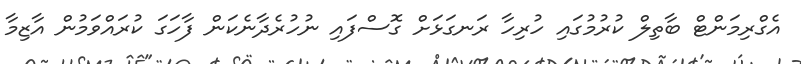
އެގްރިމަންޓް ބާތިލް ކުރުމުގައި ހުރިހާ ރަނގަޅަށް ގޮސްފައި ނުހުރެދާނެކަން ފާހަގަ ކުރައްވަމުން އާޒިމާ